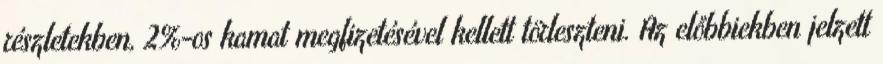
részletekben, 2%-os kamat megfizetésével kellett törleszteni. Az előbbiekben jelzett